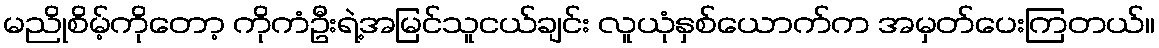
မညိုစိမ့်ကိုတော့ ကိုကံဦးရဲ့အမြင်သူငယ်ချင်း လူယုံနှစ်ယောက်က အမှတ်ပေးကြတယ်။